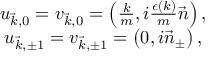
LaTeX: \begin{array} { c } { { u _ { \vec { k } , 0 } = v _ { \vec { k } , 0 } = \left( \frac k m , i \frac { \epsilon \left( k \right) } m \vec { n } \right) , } } \\ { { u _ { \vec { k } , \pm 1 } = v _ { \vec { k } , \pm 1 } = \left( 0 , i \vec { n } _ { \pm } \right) , } } \end{array}